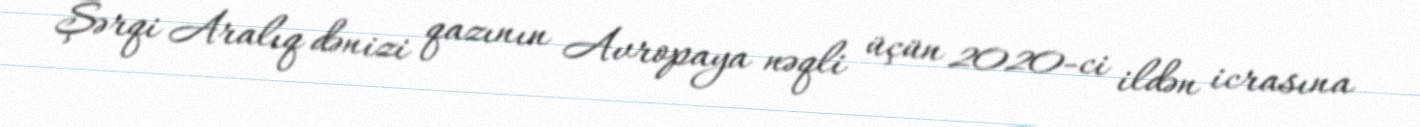
Şərqi Aralıq dənizi qazının Avropaya nəqli üçün 2020-ci ildən icrasına